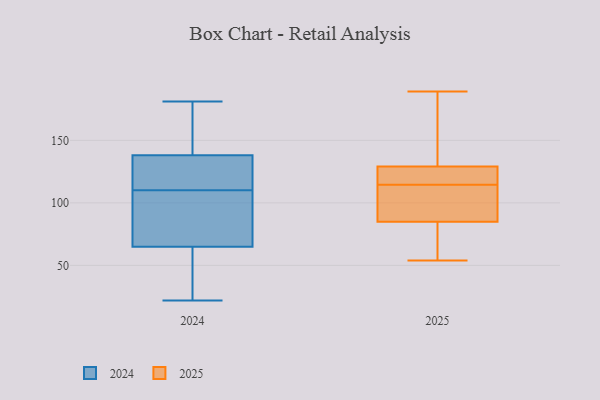
{"axis": {"x": "Net Income (USD K)", "y": "Value"}, "legend": ["2024", "2025"], "data": [{"x": "", "y": 129, "type": "2025"}, {"x": "", "y": 189, "type": "2025"}, {"x": "", "y": 86, "type": "2025"}, {"x": "", "y": 62, "type": "2025"}, {"x": "", "y": 85, "type": "2025"}, {"x": "", "y": 126, "type": "2025"}, {"x": "", "y": 54, "type": "2025"}, {"x": "", "y": 103, "type": "2025"}, {"x": "", "y": 128, "type": "2025"}, {"x": "", "y": 145, "type": "2025"}, {"x": "", "y": 22, "type": "2024"}, {"x": "", "y": 59, "type": "2024"}, {"x": "", "y": 24, "type": "2024"}, {"x": "", "y": 110, "type": "2024"}, {"x": "", "y": 89, "type": "2024"}, {"x": "", "y": 124, "type": "2024"}, {"x": "", "y": 100, "type": "2024"}, {"x": "", "y": 158, "type": "2024"}, {"x": "", "y": 180, "type": "2024"}, {"x": "", "y": 181, "type": "2024"}, {"x": "", "y": 46, "type": "2024"}, {"x": "", "y": 83, "type": "2024"}, {"x": "", "y": 139, "type": "2024"}, {"x": "", "y": 124, "type": "2024"}, {"x": "", "y": 129, "type": "2024"}, {"x": "", "y": 103, "type": "2024"}, {"x": "", "y": 29, "type": "2024"}, {"x": "", "y": 171, "type": "2024"}, {"x": "", "y": 135, "type": "2024"}]}